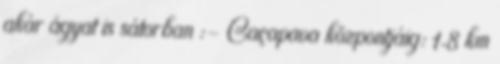
akár ágyat is sátorban :- Caçapava központjáig: 1.8 km